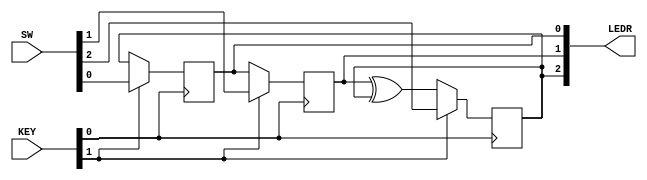
module top_module (
    input           [2 : 0]     SW  ,   // R
    input           [1 : 0]     KEY ,   // L and CLK
    output          [2 : 0]     LEDR    // Q
);

    always @ (posedge KEY[0]) begin
        LEDR[0] <= KEY[1] ? SW[0] : LEDR[2];
    end

    always @ (posedge KEY[0]) begin
        LEDR[1] <= KEY[1] ? SW[1] : LEDR[0];
    end

    always @ (posedge KEY[0]) begin
        LEDR[2] <= KEY[1] ? SW[2] : LEDR[1] ^ LEDR[2];
    end

endmodule